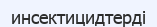
инсектицидтерді